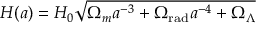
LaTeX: H ( a ) = H _ { 0 } { \sqrt { \Omega _ { m } a ^ { - 3 } + \Omega _ { \mathrm { r a d } } a ^ { - 4 } + \Omega _ { \Lambda } } }